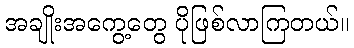
အချိုးအကွေ့တွေ ပိုဖြစ်လာကြတယ်။